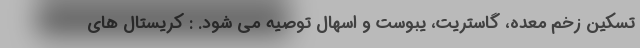
تسکین زخم معده، گاستریت، یبوست و اسهال توصیه می شود. : کریستال های